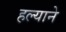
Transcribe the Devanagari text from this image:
हल्याने